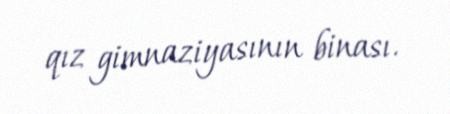
qız gimnaziyasının binası.